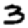
Digit: 3